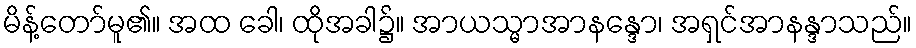
မိန့်တော်မူ၏။ အထ ခေါ၊ ထိုအခါ၌။ အာယသ္မာအာနန္ဒော၊ အရှင်အာနန္ဒာသည်။